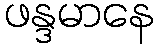
ဖန္ဒမာနေ